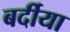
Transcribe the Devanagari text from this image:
बर्दीया